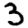
Digit: 3